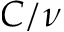
C / \nu